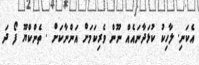
އެކަނި. ލާހިކު ކުޅަދާނައެއް ނޫން ވެރިކަމަށް އަންނާކަށް . ތެންކްޔޫ ފޯ ދަ